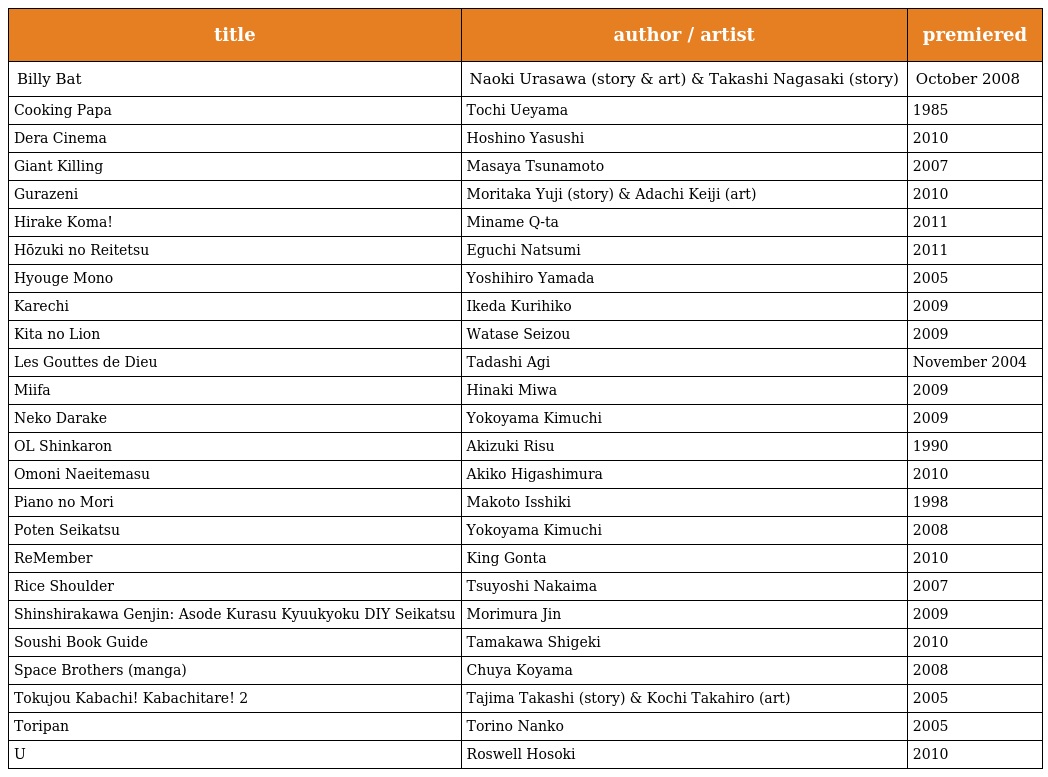
| title | author / artist | premiered |
 | --- | --- | --- |
 | Billy Bat | Naoki Urasawa (story & art) & Takashi Nagasaki (story) | October 2008 |
 | Cooking Papa | Tochi Ueyama | 1985 |
 | Dera Cinema | Hoshino Yasushi | 2010 |
 | Giant Killing | Masaya Tsunamoto | 2007 |
 | Gurazeni | Moritaka Yuji (story) & Adachi Keiji (art) | 2010 |
 | Hirake Koma! | Miname Q-ta | 2011 |
 | Hōzuki no Reitetsu | Eguchi Natsumi | 2011 |
 | Hyouge Mono | Yoshihiro Yamada | 2005 |
 | Karechi | Ikeda Kurihiko | 2009 |
 | Kita no Lion | Watase Seizou | 2009 |
 | Les Gouttes de Dieu | Tadashi Agi | November 2004 |
 | Miifa | Hinaki Miwa | 2009 |
 | Neko Darake | Yokoyama Kimuchi | 2009 |
 | OL Shinkaron | Akizuki Risu | 1990 |
 | Omoni Naeitemasu | Akiko Higashimura | 2010 |
 | Piano no Mori | Makoto Isshiki | 1998 |
 | Poten Seikatsu | Yokoyama Kimuchi | 2008 |
 | ReMember | King Gonta | 2010 |
 | Rice Shoulder | Tsuyoshi Nakaima | 2007 |
 | Shinshirakawa Genjin: Asode Kurasu Kyuukyoku DIY Seikatsu | Morimura Jin | 2009 |
 | Soushi Book Guide | Tamakawa Shigeki | 2010 |
 | Space Brothers (manga) | Chuya Koyama | 2008 |
 | Tokujou Kabachi! Kabachitare! 2 | Tajima Takashi (story) & Kochi Takahiro (art) | 2005 |
 | Toripan | Torino Nanko | 2005 |
 | U | Roswell Hosoki | 2010 |